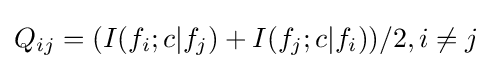
Q_{ij}=(I(f_{i};c|f_{j})+I(f_{j};c|f_{i}))/2,i\neq j